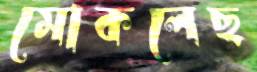
মোকলেছ